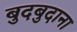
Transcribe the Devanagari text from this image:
बुदबुदाना